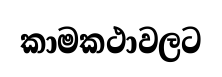
කාමකථාවලට